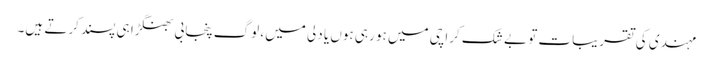
مہندی کی تقریبات تو بے شک کراچی میں ہو رہی ہوں یا دلی میں، لوگ پنجابی بھنگڑا ہی پسند کرتے ہیں۔